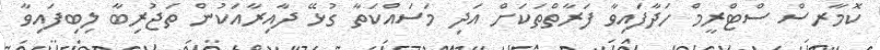
ކޮމާރސް ސްޓްރީމް ހަދާފައިވާ ފަރާތްތަކަށް އަދި މަސައްކަތާ ގުޅޭ ދާއިރާއަކުން ތަޖުރިބާ ލިބިފައިވާ